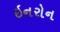
ઇનરોન